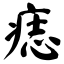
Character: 痣